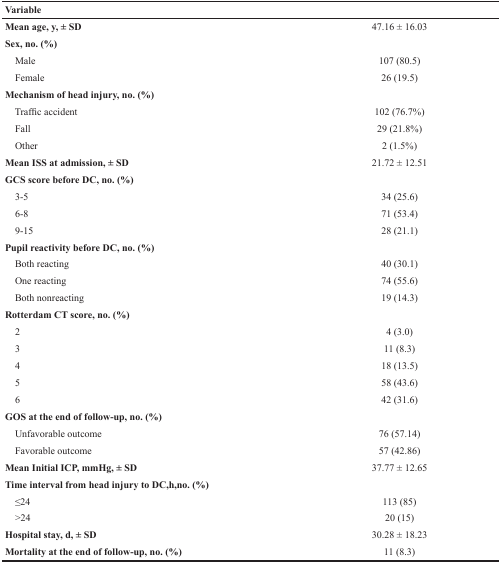
| <COLSPAN=2> Variable |
 | --- | --- |
 | Mean age, y, ± SD | 47.16 ± 16.03 |
 | Sex, no. (%) |  |
 | Male | 107 (80.5) |
 | Female | 26 (19.5) |
 | Mechanism of head injury, no. (%) |  |
 | Traffic accident | 102 (76.7%) |
 | Fall | 29 (21.8%) |
 | Other | 2 (1.5%) |
 | Mean ISS at admission, ± SD | 21.72 ± 12.51 |
 | GCS score before DC, no. (%) |  |
 | 3-5 | 34 (25.6) |
 | 6-8 | 71 (53.4) |
 | 9-15 | 28 (21.1) |
 | Pupil reactivity before DC, no. (%) |  |
 | Both reacting | 40 (30.1) |
 | One reacting | 74 (55.6) |
 | Both nonreacting | 19 (14.3) |
 | Rotterdam CT score, no. (%) |  |
 | 2 | 4 (3.0) |
 | 3 | 11 (8.3) |
 | 4 | 18 (13.5) |
 | 5 | 58 (43.6) |
 | 6 | 42 (31.6) |
 | GOS at the end of follow-up, no. (%) |  |
 | Unfavorable outcome | 76 (57.14) |
 | Favorable outcome | 57 (42.86) |
 | Mean Initial ICP, mmHg, ± SD | 37.77 ± 12.65 |
 | Time interval from head injury to DC,h,no. (%) |  |
 | ≤24 | 113 (85) |
 | >24 | 20 (15) |
 | Hospital stay, d, ± SD | 30.28 ± 18.23 |
 | Mortality at the end of follow-up, no. (%) | 11 (8.3) |